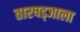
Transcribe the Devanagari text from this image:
तारषड्जाला